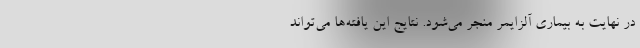
در نهایت به بیماری آلزایمر منجر می‌شود. نتایج این یافته‌ها می‌تواند